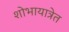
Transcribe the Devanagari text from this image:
शोभायात्रेत